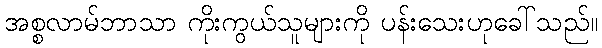
အစ္စလာမ်ဘာသာ ကိုးကွယ်သူများကို ပန်းသေးဟုခေါ်သည်။